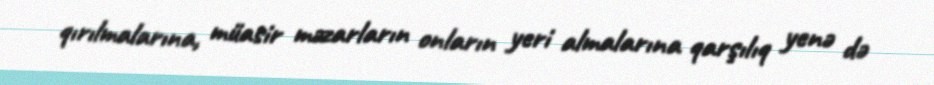
qırılmalarına, müasir məzarların onların yeri almalarına qarşılıq yenə də